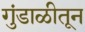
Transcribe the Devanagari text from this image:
गुंडाळीतून